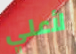
لأعلي